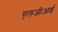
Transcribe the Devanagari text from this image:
एलजीआई